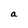
Character: a